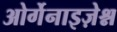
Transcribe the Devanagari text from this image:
ओर्गेनाइज़ेश्न